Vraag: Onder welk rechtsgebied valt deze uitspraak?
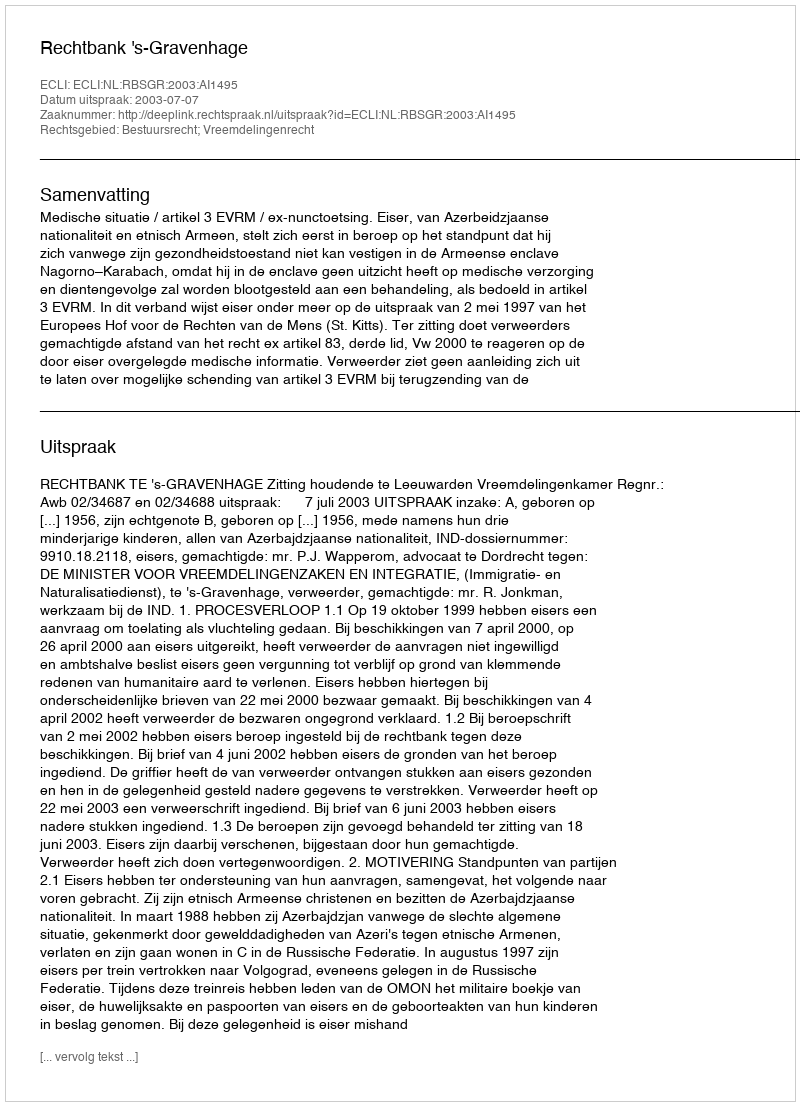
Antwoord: Bestuursrecht; Vreemdelingenrecht